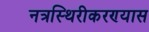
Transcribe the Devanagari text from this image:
नत्रस्थिरीकरण्यास